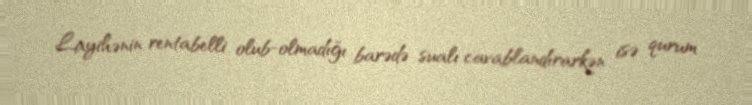
Layihənin rentabelli olub-olmadığı barədə sualı cavablandırarkən isə qurum